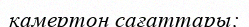
камертон сағаттары;